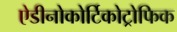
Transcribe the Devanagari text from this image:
ऐडीनोकोर्टिकोट्रोफिक